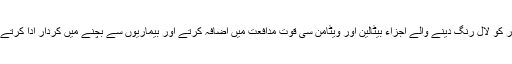
چقندر کو لال رنگ دینے والے اجزاء بیٹالین اور ویٹامن سی قوت مدافعت میں اضافہ کرتے اور بیماریوں سے بچنے میں کردار ادا کرتے ہیں۔